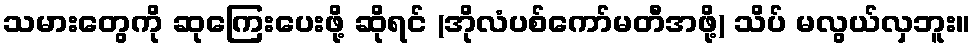
သမားတွေကို ဆုကြေးပေးဖို့ ဆိုရင် (အိုလံပစ်ကော်မတီအဖို့) သိပ် မလွယ်လှဘူး။